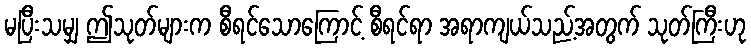
မပြီးသမျှ ဤသုတ်များက စီရင်သောကြောင့် စီရင်ရာ အရာကျယ်သည့်အတွက် သုတ်ကြီးဟု